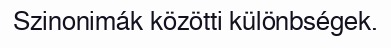
Szinonimák közötti különbségek.